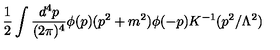
{ \frac { 1 } { 2 } } \int { \frac { d ^ { 4 } p } { ( 2 \pi ) ^ { 4 } } } \phi ( p ) ( p ^ { 2 } + m ^ { 2 } ) \phi ( - p ) K ^ { - 1 } ( p ^ { 2 } / \Lambda ^ { 2 } )